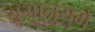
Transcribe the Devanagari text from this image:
युगानुयुगे